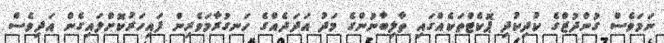
ނަމަވެސް ގުންދުޒްގެ ކުދިކުދި ޕޮކެޓްތަކެއްގައި ތާލިބާނުންގެ މަދު އަދަދެއްގެ ހަނގުރާމަވެރިން ފައިހަރުކޮށްލައިގެން އަދިވެސް